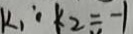
k _ { 1 } : k _ { 2 } = - 1